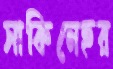
সাকিনেহর